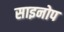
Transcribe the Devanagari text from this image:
साइनोप